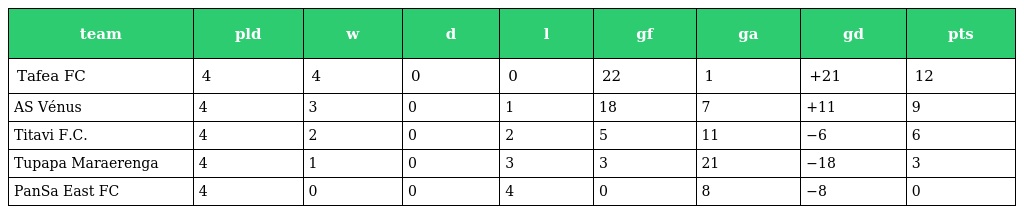
| team | pld | w | d | l | gf | ga | gd | pts |
 | --- | --- | --- | --- | --- | --- | --- | --- | --- |
 | Tafea FC | 4 | 4 | 0 | 0 | 22 | 1 | +21 | 12 |
 | AS Vénus | 4 | 3 | 0 | 1 | 18 | 7 | +11 | 9 |
 | Titavi F.C. | 4 | 2 | 0 | 2 | 5 | 11 | −6 | 6 |
 | Tupapa Maraerenga | 4 | 1 | 0 | 3 | 3 | 21 | −18 | 3 |
 | PanSa East FC | 4 | 0 | 0 | 4 | 0 | 8 | −8 | 0 |